Lunatic asylums United Provinces 1899-1908 - 1899-1908
Year: 1899
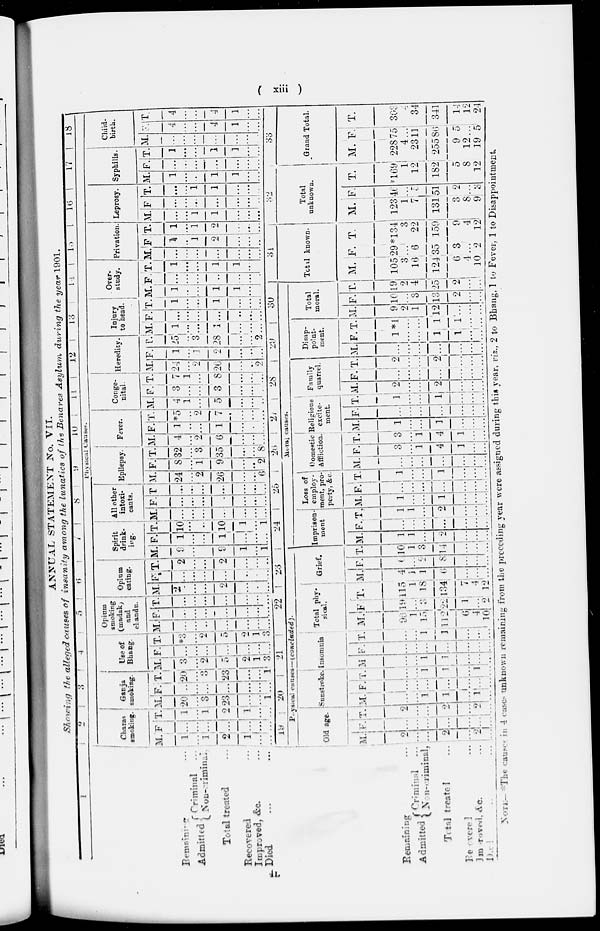
( xiii )
ANNUAL STATEMENT No. VII.
Showing the alleged causes of insanity among the lunatics of the Benares Asylum during the year 1901.
1
Remaining ...
Admitted
Criminal ...
Non-criminal
Total treated ...
Recovered ...
Improved, &c. ...
Died ...
2
3
4
5
6
7
8
9
10
11
12
13
14
15
16
17
18
Physical Causes.
Charas
smoking.
M.
1
...
1
2
1
...
...
F
...
...
...
...
...
...
...
T.
1
...
1
2
1
...
...
Ganja
smoking.
M.
20
...
3
23
...
...
1
F.
...
...
...
...
...
...
...
T.
20
...
3
23
...
...
1
Use of
Bhang.
M.
3
...
2
5
2
1
3
F.
...
...
...
...
...
...
...
T.
*3
...
2
5
2
1
3
Opium
smoking
(madak)
and
chandu.
M.
...
...
...
...
...
...
...
F.
...
...
...
...
...
...
...
T
...
...
...
...
...
...
...
Opium
eating.
M.
2
...
...
2
...
...
...
F.
...
...
...
...
...
...
...
T.
2
...
...
2
...
...
...
Spirit
drink-
ing.
M.
9
...
...
9
1
...
1
F.
1
...
...
1
...
...
...
T.
10
...
...
10
1
...
1
All other
intoxi-
cants.
M.
...
...
...
...
...
...
...
F.
...
...
...
...
...
...
...
T.
...
...
...
...
...
...
...
Epilepsy.
M.
24
...
2
26
...
...
6
F.
8
...
1
9
...
...
2
T.
32
...
3
35
...
...
8
Fever.
M.
4
...
2
6
...
...
...
F.
1
...
...
1
...
...
...
T.
*5
...
2
7
...
...
...
Conge-
nital.
M.
4
1
...
5
...
...
...
F.
3
...
...
3
...
...
...
T.
7
1
...
8
...
...
...
Heredity.
M.
24
...
2
26
...
...
2
F.
1
...
1
2
...
...
...
T.
25
...
3
28
...
...
2
Injury
to head.
M.
1
...
...
1
...
...
...
F.
...
...
...
...
...
...
...
T.
1
...
...
1
...
...
...
Over-
study.
M.
1
...
...
1
1
...
...
F.
...
...
...
...
...
...
...
T.
1
...
...
1
1
...
...
Privation.
M.
...
...
....
...
...
...
...
F
1
...
1
2
...
...
...
T.
1
...
1
2
...
...
...
Leprosy.
M.
...
...
1
1
...
...
...
F.
...
...
...
...
...
...
...
T.
...
...
1
1
...
...
...
Syphilis.
M.
1
...
...
1
1
...
...
F.
...
...
...
...
...
...
...
T.
1
...
...
1
1
...
...
Child-
birth.
M.
...
...
...
...
...
...
...
F.
4
...
...
4
1
...
...
T.
4
...
...
4
1
...
...
Remaining ...
Admitted
Criminal ...
Non-criminal,
Total treated ...
Recovered ...
Improved &c. ...
Died ...
19
20
21
22
23
Physical causes—(concluded).
Old age.
M.
2
...
...
2
...
2
...
F.
...
...
...
...
...
...
...
T.
2
...
...
2
...
2
...
Sunstroke.
M.
...
...
1
1
...
1
...
F.
...
...
...
...
...
...
...
T.
...
...
1
1
...
1
...
Insomnia
M.
...
...
1
1
...
...
...
F.
...
...
...
...
...
...
...
T.
...
...
1
1
...
...
...
Total phy-
sical.
M.
96
1
15
112
6
4
10
F
19
...
3
22
1
...
2
T.
115
1
18
134
7
4
12
Grief.
M.
4
1
1
6
...
...
...
F.
6
...
2
8
...
...
...
T.
10
1
3
14
...
...
...
24 25
26
27
28
29
30
31
Moral causes.
Imprison-
ment
M.
1
1
...
2
...
...
...
F.
...
...
...
...
...
...
...
T.
1
1
...
2
...
...
...
Loss of
employ-
ment, pro-
perty, &c.
M.
1
...
...
1
...
...
...
F.
...
...
...
...
...
...
...
T.
1
1
...
1
...
...
...
Domestic
Affliction..
M.
...
...
...
...
...
...
...
F.
3
...
1
4
1
...
...
T.
3
...
1
4
1
...
...
Religious
excite-
ment.
M.
1
...
...
1
...
...
...
F.
...
...
...
...
...
...
...
T.
1
...
...
1
...
...
...
Family
quarrel.
M.
2
...
...
2
...
...
...
F.
...
...
...
...
...
...
...
T.
2
...
...
2
...
...
...
Disap-
point-
ment.
M.
...
...
...
...
...
...
...
F.
1
...
...
1
1
...
...
T.
*1
...
...
1
1
...
...
Total
moral.
M.
9
2
1
12
...
...
...
F.
10
...
3
13
2
...
...
T.
19
2
4
25
2
...
...
Total known.
M.
105
3
16
124
6
4
10
F.
29
...
6
35
3
...
2
T.
*134
3
22
159
9
4
12
32
33
Total
unknown.
M.
123
1
7
131
3
8
9
F.
40
...
5
51
2
...
3
T.
169
1
12
182
5
8
12
Grand Total.
M.
228
4
23
255
9
12
19
F.
75
...
11
86
5
...
5
T.
303
4
34
341
14
12
24
NOTE— *The causes in 4 cases unknown remaining from the preceding year were assigned during this year, viz., 2 to Bhang, 1 to Fever, 1 to Disappointment
4L